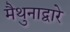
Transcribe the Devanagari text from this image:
मैथुनाद्वारे